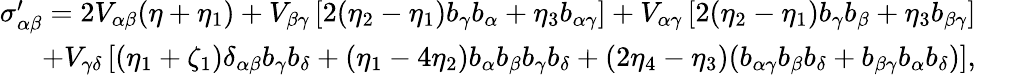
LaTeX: \begin{array}{rlr}{\sigma_{\alpha\beta}^{\prime}=2V_{\alpha\beta}(\eta+\eta_{1})+V_{\beta\gamma}\left[2(\eta_{2}-\eta_{1})b_{\gamma}b_{\alpha}+\eta_{3}b_{\alpha\gamma}\right]+V_{\alpha\gamma}\left[2(\eta_{2}-\eta_{1})b_{\gamma}b_{\beta}+\eta_{3}b_{\beta\gamma}\right]}&{}&\\ {+V_{\gamma\delta}\left[(\eta_{1}+\zeta_{1})\delta_{\alpha\beta}b_{\gamma}b_{\delta}+(\eta_{1}-4\eta_{2})b_{\alpha}b_{\beta}b_{\gamma}b_{\delta}+(2\eta_{4}-\eta_{3})(b_{\alpha\gamma}b_{\beta}b_{\delta}+b_{\beta\gamma}b_{\alpha}b_{\delta})\right],}&{}&\end{array}